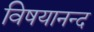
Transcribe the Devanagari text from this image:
विषयानन्द